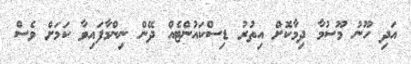
އަދި ހޫނު މޫސުމާ ދިމާކޮށް އިތުރު ޑިސްކައުންޓެއް ދޭން ނިންމާފައިވާ ކަމަށް ވެސް